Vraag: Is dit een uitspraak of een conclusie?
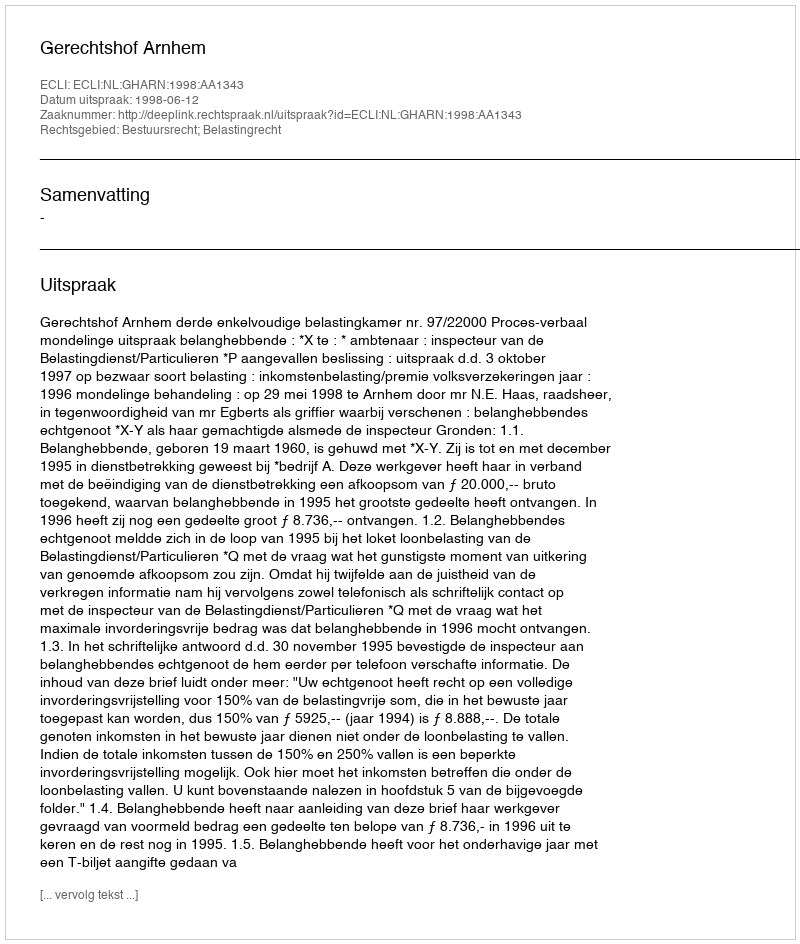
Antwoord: Uitspraak